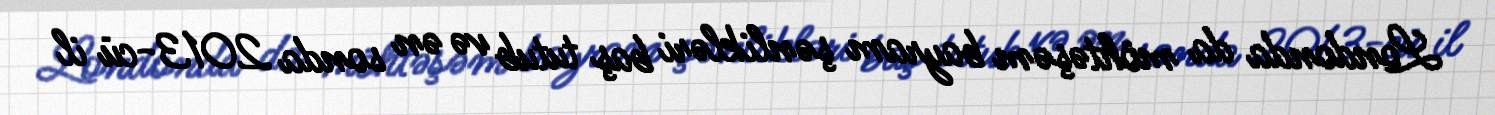
Londonda da möhtəşəm bayram şənlikləri baş tutub və ən sonda 2013-cü il